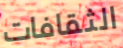
الثقافات